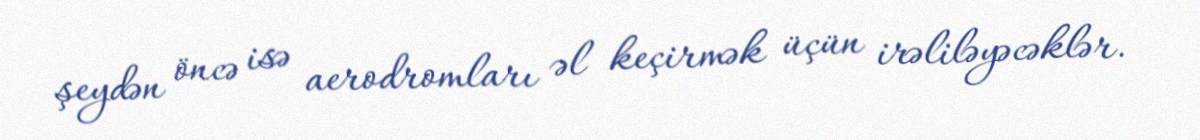
şeydən öncə isə aerodromları əl keçirmək üçün irəliləyəcəklər.